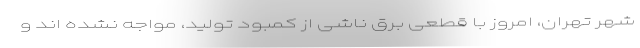
شهر تهران، امروز با قطعی برق ناشی از کمبود تولید، مواجه نشده اند و